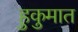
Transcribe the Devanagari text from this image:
हुकुमात